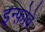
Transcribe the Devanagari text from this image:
इन्फ़ोवे